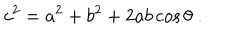
c ^ { 2 } = a ^ { 2 } + b ^ { 2 } + 2 a b \cos \theta \; .